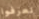
تعرفوا